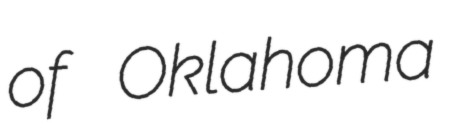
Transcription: of Oklahoma